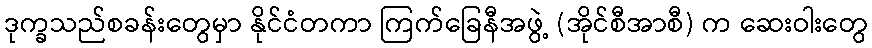
ဒုက္ခသည်စခန်းတွေမှာ နိုင်ငံတကာ ကြက်ခြေနီအဖွဲ့ (အိုင်စီအာစီ) က ဆေးဝါးတွေ